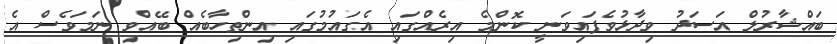
ބައްޝާރުލް އަސަދު ވިދާޅުވެފައިވަނީ ކޮންމެ އިރެއްގައި އެގައުމުގައި އިންތިހާބެއް ބޭއްވި ނަމަވެސް އެ